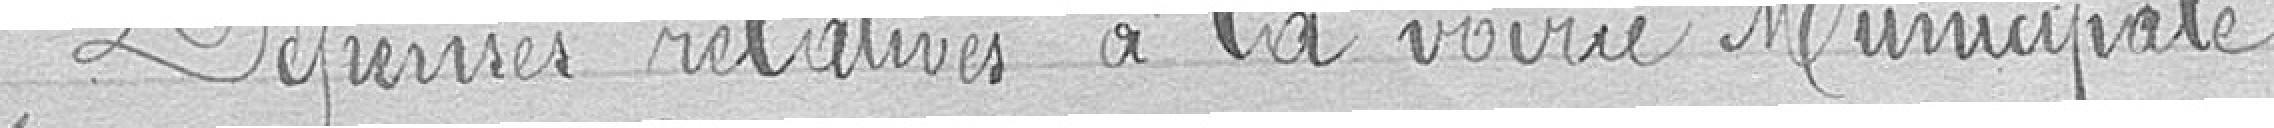
Dépenses relatives à la voirie municipale